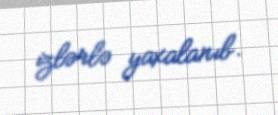
izlərlə yaxalanıb.